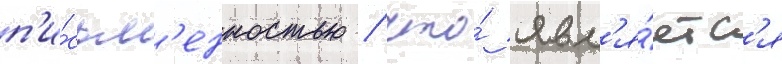
п'и́сьм'енностью / что́ явл'я́етс'я